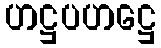
ဟဋ္ဌပဟဋ္ဌေ